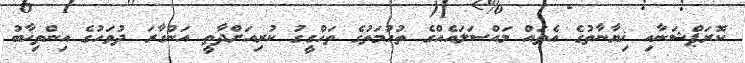
ކޮރަޕްޝަނާއި ޚިޔާނާތުގެ އެތައް މައްސަލައެއްގެ ތުހުމަތުގެ ތަހްގީގު ކުރިއަށްދާތީ އަންގާރަ ދުވަހުގެ އިންތިޚާބު